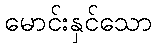
မောင်းနှင်သော